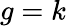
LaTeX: g=k